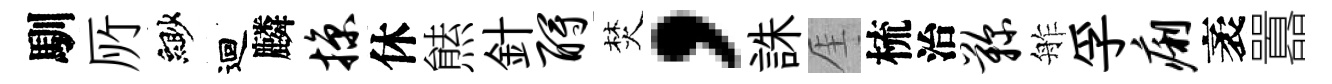
馴𠩄緲迴麟掠休㷱針酹焚，誅厓梳治鞠舴孚痢袤囂